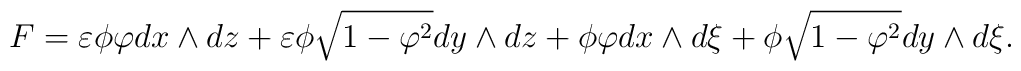
F=\varepsilon\phi \varphi dx\wedge dz +\varepsilon\phi\sqrt{1- \varphi^2} dy\wedge dz+\phi \varphi dx\wedge d\xi + \phi\sqrt{1- \varphi^2} dy\wedge d\xi.